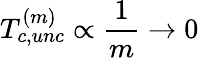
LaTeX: T_{c,unc}^{(m)}\propto\frac{1}{m}\rightarrow 0